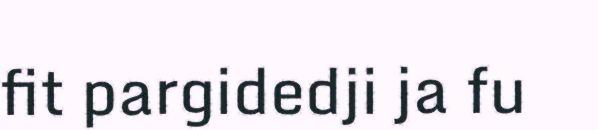
fit pargidedji ja fu